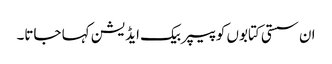
ان سستی کتابوں کو پیپر بیک ایڈیشن کہا جاتا۔